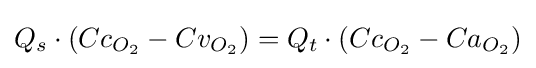
Q_{s}\cdot (Cc_{O_{2}}-Cv_{O_{2}})=Q_{t}\cdot (Cc_{O_{2}}-Ca_{O_{2}})